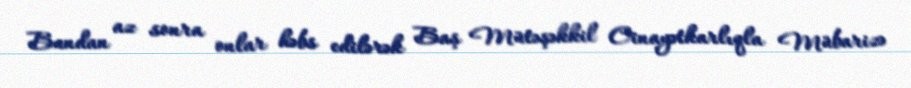
Bundan az sonra onlar həbs edilərək Baş Mütəşəkkil Cinayətkarlıqla Mübarizə